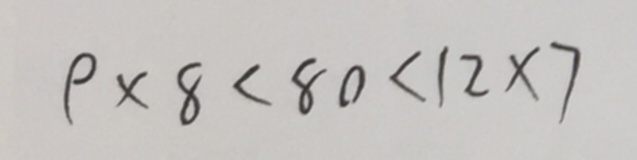
9 \times 8 < 8 0 < 1 2 \times 7